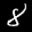
Label: 8